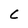
Character: C